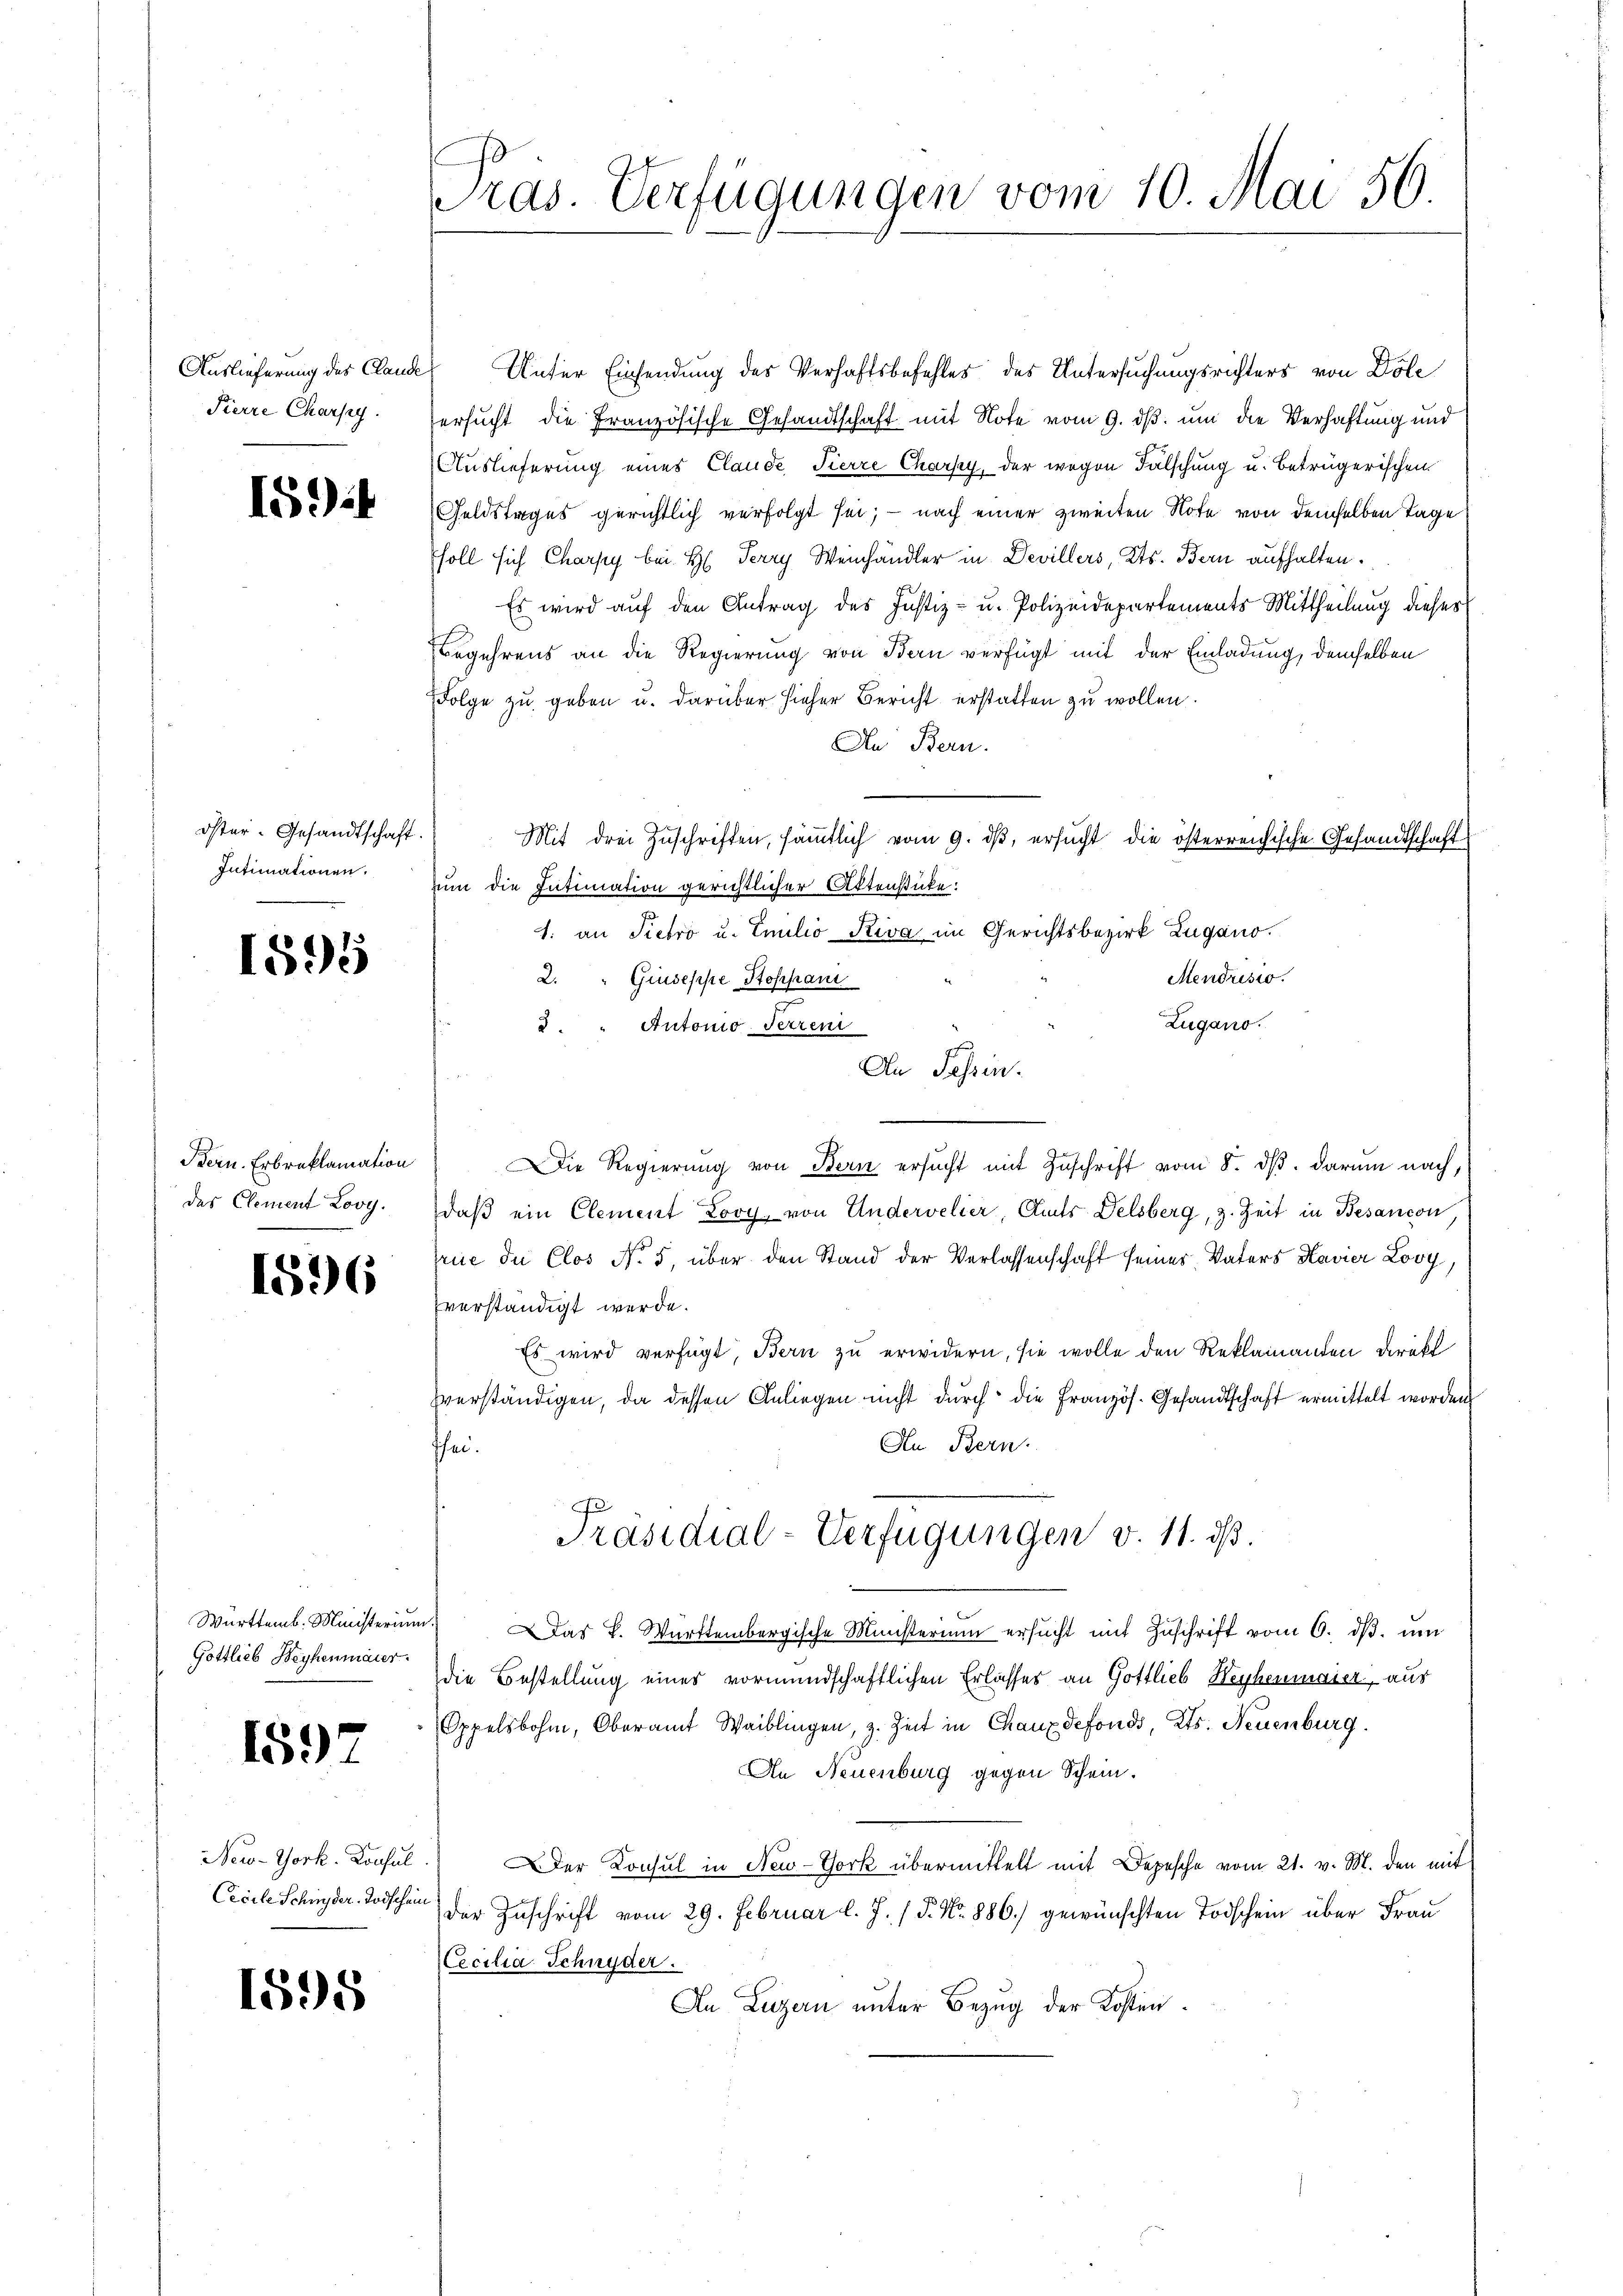
Auslieferung des Claude
Pierre Charfy.

Idi

öster. Gesandtschaft.
Intimationen.

1595

Bern. Erbreklamation
des Clement Looy.

1596

Württemb. Ministerium.
Gottlieb Beyhenmaier.

1597

New-York, Konsul
Cecile Schinder Todschein

1595

ras. Verfügungen vom 10. Mai 56

Unter Einsendung des Verhaftsbefehles des Untersuchungsrichters von Döle
ersucht, die Französische Gesandtschaft mit Note vom 9. ds. um die Verhaftung und
Auslieferung eines Claude, Tierre Charfy, der wegen Fälschung u. betrügerischen
Geldstages gerichtlich verfolgt sei; — nach einer zweiten Note von demselben Tage
soll sich Charpy bei H. Terry Weinhändler in Devillers, Kts. Bern aufhalten.
Es wird auf den Antrag des Justiz- u. Polizeidepartements Mittheilung dieses
Begehrens an die Regierung von Bern verfügt mit der Einladung, demselben
Folge zu geben u. darüber sieher Bericht erstatten zu wollen.
In Bern.
Mit drei Zŭschriften, sämmtlich vom 9. dβ, ersucht die österreichische Gesandtschaft
um die Intimation gerichtlicher Aktenstücke:
1. an Pietro u. Emilio Riva im Gerichtsbezirk Lugano.
Mendristo.
2. " Giuseppe Stoppani
Zugano.
3. " Autonio Petreni
An Tessin.
Die Regierung von Bern ersŭcht mit Zuschrift vom 8. dβ. darum nach,
daβ ein Clement Lory, von Andervelier, Cts Delsberg, z. Zeit in Besançon,
frue de Clos No. 5, über den Stand der Verlassenschaft seines Vaters Havier Looy,
verständigt werde.
Es wird verfügt, Bern zu erwidern, sie wolle den Reklamanden Direkt
vverständigen, da dessen Anliegen nicht durch die Französ. Gesandtschaft ermittelt worden
An Bern.
hei.
Präsidial-Verfügungen v. 11. ds.
 Das K. Württembergische Ministerium ersŭcht mit Zŭschrift vom 6. dβ. um
die Bestellung eines vormundschaftlichen Erlasses an Gottlieb Heyhenmaier, aus
Oppelsbohm, Oberamt Waiblingen, z. Zeit in Chaux defonds, Kts. Neuenburg.
An Neuenburg gegen Schein.
Der Konsul in New-York übermittelt mit Depesche vom 21. v. M. den mit
der Zuschrift vom 29. Februar l. J. P. Nr. 886.) gewünschten Todschein über Frau
Cocilia Schnyder.
An Luzern unter Bezug der Kosten.